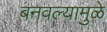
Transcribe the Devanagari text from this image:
बनवल्यामुळे